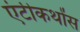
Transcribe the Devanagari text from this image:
एंटीकथोंस